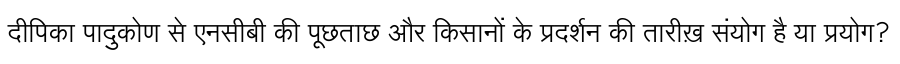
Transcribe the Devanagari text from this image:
दीपिका पादुकोण से एनसीबी की पूछताछ और किसानों के प्रदर्शन की तारीख़ संयोग है या प्रयोग?